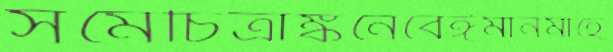
সমেচিত্রাঙ্কনেবেঈমানমাহে